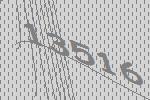
13516